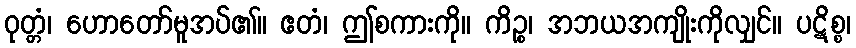
ဝုတ္တံ၊ ဟောတော်မူအပ်၏။ ဧတံ၊ ဤစကားကို။ ကိဉ္စ၊ အဘယအကျိုးကိုလျှင်။ ပဋိစ္စ၊